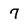
Character: 7